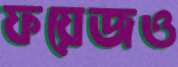
ফয়েজও